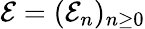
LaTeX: {\mathcal E}=({\mathcal E_{n}})_{n\geq 0}